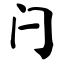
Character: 闩